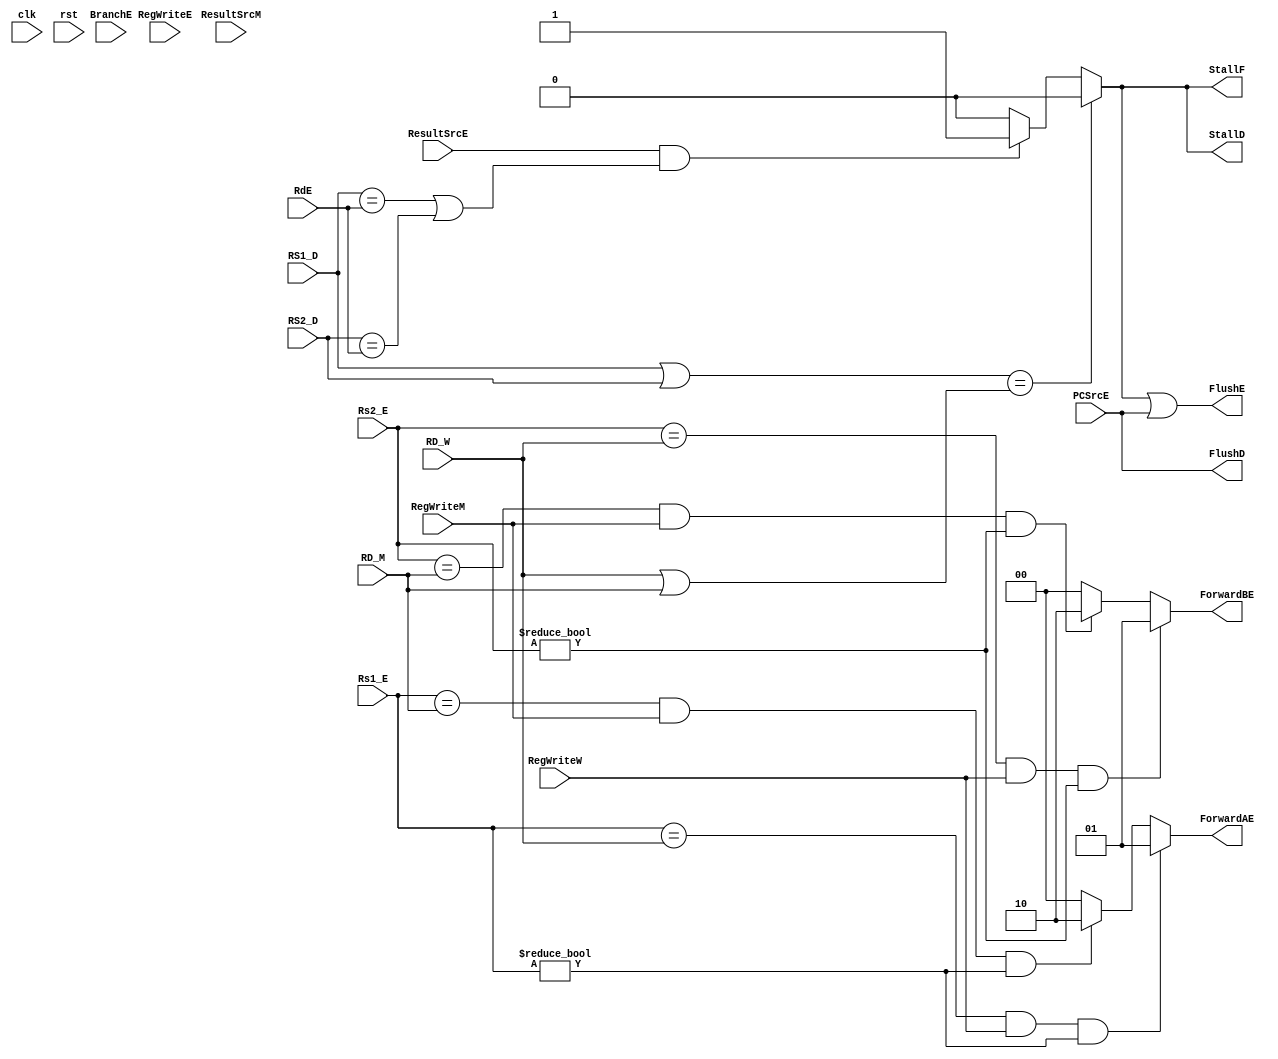
`timescale 1ns/1ns

module hazard_unit (
    input clk, rst,
    input      [4:0] Rs1_E,
    input      [4:0] Rs2_E,
    input      [4:0] RD_M,
    input      [4:0] RD_W,
    input      [4:0] RS1_D,
    input      [4:0] RS2_D,
    input      [4:0] RdE,
    input            BranchE,
    
    input            ResultSrcE,
    input            ResultSrcM,
    input            RegWriteE,
    input            RegWriteM,
    input            RegWriteW,
    input            PCSrcE,
    
    output /*reg*/       StallF,
    output /*reg*/       StallD,
    output        FlushE,
    output        FlushD,
    output reg [1:0] ForwardAE,
    output reg [1:0] ForwardBE
    );
    wire lwStall, branchStall;
    
    reg [1:0] stallCount;

//        always @ (*) begin
//              if ( (RS1_D | RS2_D) == (RD_W | RD_M) ) begin
//                    lwStall = 1'b0;
//              end
//              else begin
//                    lwStall <= (ResultSrcE & ((RS1_D == RdE) | (RS2_D == RdE))) ? 1'b1 : 1'b0;
//              end
//              StallD  <= lwStall;
//              StallF  <= lwStall;
//              FlushE  <= lwStall  | (PCSrcE == 1'b1) ; 
//              FlushD  <= PCSrcE == 1'b1;
//        end
    
    
    assign branchStall = BranchE &( ( RegWriteE & ( RdE == RS1_D | RdE == RS2_D ) ) |
                                    ( ResultSrcM & ( RD_M == RS1_D | RD_M == RS2_D ) ) );
    
    assign lwStall  = ( ((RS1_D | RS2_D) == ( RD_W | RD_M) ) ) ? 1'b0 : (ResultSrcE & ((RS1_D == RdE) | (RS2_D == RdE))) ? 1'b1 : 1'b0 ;
    
    assign StallF = lwStall;
    assign StallD = lwStall;
    assign FlushD = /*lwStall*/ PCSrcE;    
    assign FlushE = lwStall | PCSrcE;

    
    
    
    always @(*) begin
        if ( ( ((Rs1_E == RD_W) & RegWriteW) & (Rs1_E != 0) ) /*| lwStall == 1'b1 */) begin
                ForwardAE = 2'b01; //forward from memory to alu, need data from memory into alu, recently written data in mem required
        end
        else if ( (((Rs1_E == RD_M) & RegWriteM) & (Rs1_E != 0) ) /*& lwStall == 1'b1*/ ) begin
            ForwardAE = 2'b10;//forward from alu output to alu input, recently calculated data in alu required
        end
        else begin
            ForwardAE = 2'b00;
        end        
        
        if ( ((Rs2_E == RD_W) & RegWriteW) & (Rs2_E != 0) ) begin
                        ForwardBE = 2'b01;
        end
        else if (((Rs2_E == RD_M) & RegWriteM) & (Rs2_E != 0) ) begin
                    ForwardBE = 2'b10;
        end
        else begin
                    ForwardBE = 2'b00;
         end
    end    
    

endmodule